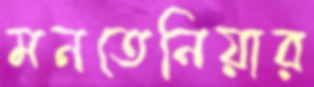
মনতেনিয়ার